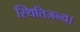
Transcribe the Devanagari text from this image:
स्थितिजन्य।